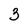
Character: 3